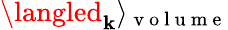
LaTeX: \langled_{\mathbf{k}}\rangle_{\mathrm{{~v~o~l~u~m~e~}}}